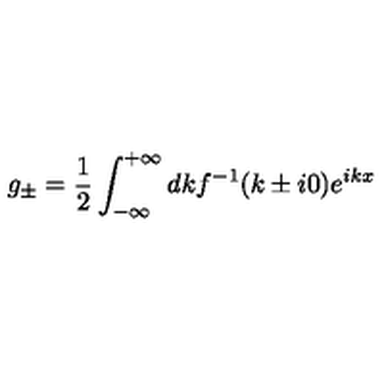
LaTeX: g _ { \pm } = \frac { 1 } { 2 } \int _ { - \infty } ^ { + \infty } d k f ^ { - 1 } ( k \pm i 0 ) e ^ { i k x }